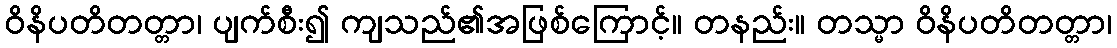
ဝိနိပတိတတ္တာ၊ ပျက်စီး၍ ကျသည်၏အဖြစ်ကြောင့်။ တနည်း။ တသ္မာ ဝိနိပတိတတ္တာ၊